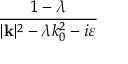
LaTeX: \frac { 1 - \lambda } { | \mathbf { k } | ^ { 2 } - \lambda k _ { 0 } ^ { 2 } - i \varepsilon }